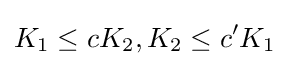
K_{1}\leq cK_{2},K_{2}\leq c'K_{1}